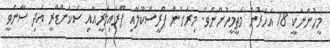
މީހުންނަކީ 18 އަހަރުން މަތީމީހުންނެވެ. މިރަށުން ޕްރީސްކޫލާއި ޕްރައިމަރީއާއި ސެކަންޑްރީ އަދި ސާނަވީ